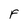
Character: F